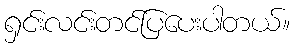
ရှင်းလင်းတင်ပြပေးပါတယ်။